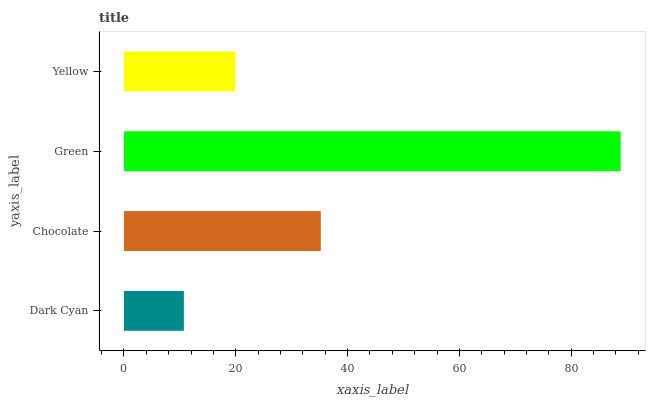
| yaxis_label | bars |
 | --- | --- |
 | Dark Cyan | 10.7 |
 | Chocolate | 35.2 |
 | Green | 88.8 |
 | Yellow | 19.9 |